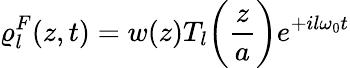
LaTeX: \varrho_{l}^{F}(z,t)=w(z)T_{l}\bigg(\frac{z}{a}\bigg)e^{+il\omega_{0}t}